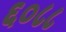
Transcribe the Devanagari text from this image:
६०८८